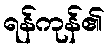
ရန်ကုန်၏